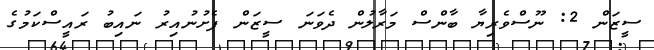
ސީޒަން 2: ނޫސްވެރިޔާ ބާންސް މަރާލުން ދެވަނަ ސީޒަން ފެށުނުއިރު ނައިބު ރައީސްކަމުގެ